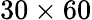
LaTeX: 30\times 60